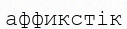
аффикстік